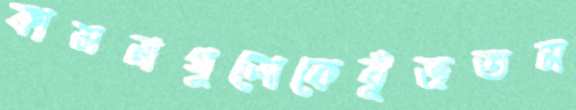
কামনাগুলোকেবুঁজতম